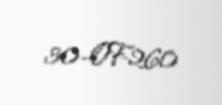
30-OF-260